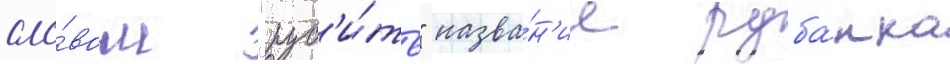
сло́вом "руб'и́ть" назва́н'ие руба́нка